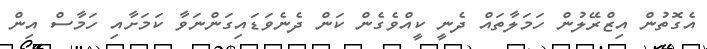
އެގޮތުން އިޒްރޭލުން ހަމަލާތައް ދެނީ ކީއްވެގެން ކަން ދެނެވަޑައިގަންނަވާ ކަމަށާއި ހަމާސް އިން